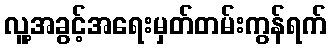
လူ့အခွင့်အရေးမှတ်တမ်းကွန်ရက်